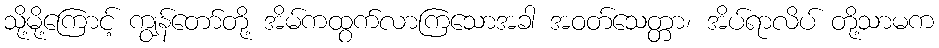
သို့မို့ကြောင့် ကျွန်တော်တို့ အိမ်ကထွက်လာကြသောအခါ အဝတ်သေတ္တာ၊ အိပ်ရာလိပ် တို့သာမက